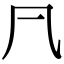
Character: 凣